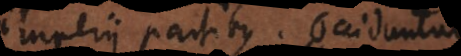
imperii partibus. Occiduntur